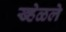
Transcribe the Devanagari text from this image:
ख्हेळले